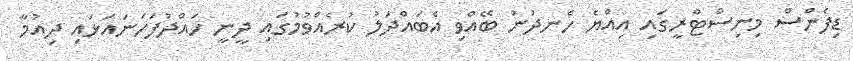
ޑިފެންސް މިނިސްޓްރީގައި އިއްޔެ ހެނދުނު ބޭއްވި އެބައްދަލު ކުރެއްވުމުގައި ދީނީ ހައްދުފަހަނައަޅައި ދިއުމާ